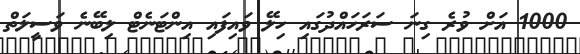
1000 އަށް ވުރެ ގިނަ ސަރަހައްދުގައި ހިލޭ ވައިފައި އިންޓަނެޓް ލިބޭނެ ވަސީލަތް